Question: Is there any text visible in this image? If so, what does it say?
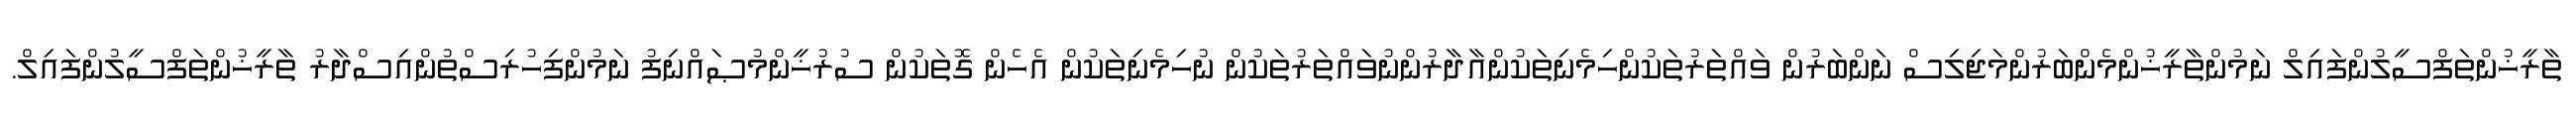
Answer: ތާރީޚުންތަފްސީލުންފައިލް ނަމުންތާރީޚުންމެންބަރުންމަޖިލިސް ނަންބަރުން ވައްތަރުތަކުންހިމެނިތަކުންއާދާރުންނުވައްތަރުތަކުން ނުހިމެނިތަކުން އެހެން ގޮތަކުން ސުރުޚީންމުޞައްނިފު ނަމުންފިހުރިސްތުންއިސްދާރު ތާރީޚުންތަފްސީލުންފައިލް.